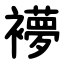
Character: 䙦